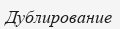
Дублирование